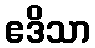
ဧဒိသာ